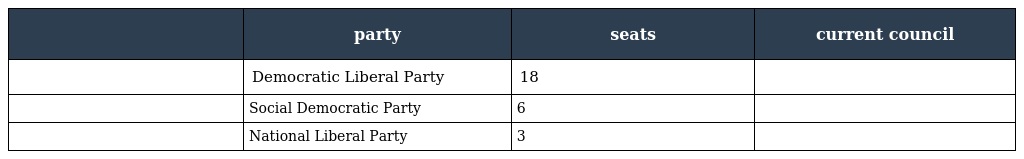
|  | party | seats | current council |
 | --- | --- | --- | --- |
 |  | Democratic Liberal Party | 18 |  |
 |  | Social Democratic Party | 6 |  |
 |  | National Liberal Party | 3 |  |